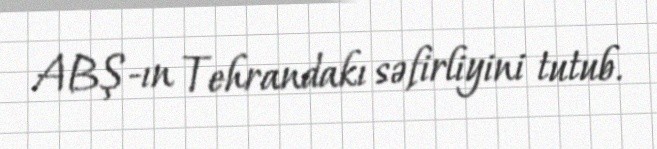
ABŞ-ın Tehrandakı səfirliyini tutub.